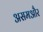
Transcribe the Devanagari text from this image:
असमऔर